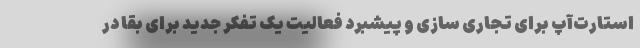
استارت‌آپ برای تجاری سازی و پیشبرد فعالیت یک تفکر جدید برای بقا در